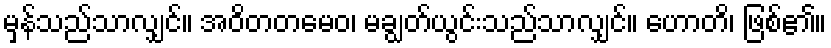
မှန်သည်သာလျှင်။ အဝိတတမေဝ၊ မချွတ်ယွင်းသည်သာလျှင်။ ဟောတိ၊ ဖြစ်၏။